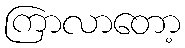
ကြာလာတော့